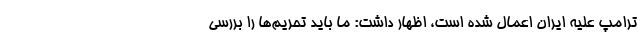
ترامپ علیه ایران اعمال شده است، اظهار داشت: ما باید تحریم‌ها را بررسی